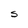
Character: S